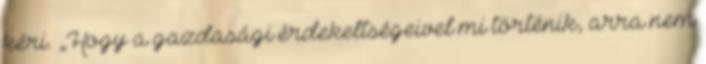
kéri. „Hogy a gazdasági érdekeltségeivel mi történik, arra nem